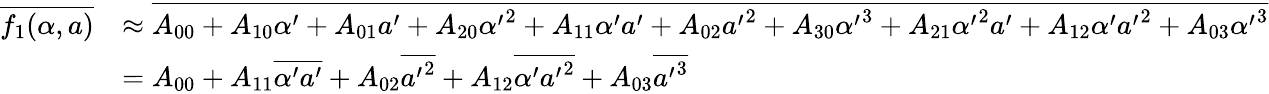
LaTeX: \begin{array}{rl}{\overline{{f_{1}(\alpha,a)}}}&{\approx\overline{{A_{00}+A_{10}\alpha^{\prime}+A_{01}a^{\prime}+A_{20}{\alpha^{\prime}}^{2}+A_{11}\alpha^{\prime}a^{\prime}+A_{02}{a^{\prime}}^{2}+A_{30}{\alpha^{\prime}}^{3}+A_{21}{\alpha^{\prime}}^{2}a^{\prime}+A_{12}\alpha^{\prime}{a^{\prime}}^{2}+A_{03}{\alpha^{\prime}}^{3}}}}\\ &{=A_{00}+A_{11}\overline{{\alpha^{\prime}a^{\prime}}}+A_{02}\overline{{{a^{\prime}}^{2}}}+A_{12}\overline{{\alpha^{\prime}{a^{\prime}}^{2}}}+A_{03}\overline{{{a^{\prime}}^{3}}}}\end{array}